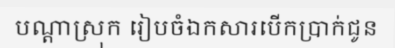
បណ្តាស្រុក រៀបចំឯកសារបើកប្រាក់ជូន